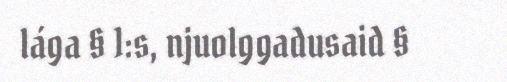
lága § 1:s, njuolggadusaid §